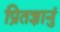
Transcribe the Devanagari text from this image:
प्रितज्ञानुं